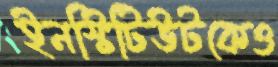
ইনস্টিটিউটকেও